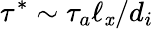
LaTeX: \tau^{*}\sim\tau_{a}\ell_{\mathit{x}}/d_{i}